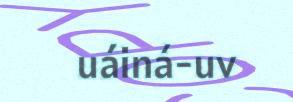
uáiná-uv